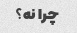
چرا نه؟